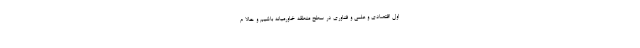
اول اقتصادی و علمی و فناوری در سطح منطقه خاورمیانه باشیم و حالا م